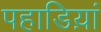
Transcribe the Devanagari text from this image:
पहाडिय़ां